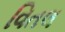
વિતલ